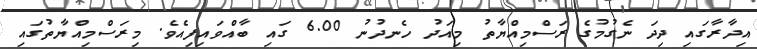
އިދާރާގައި ދިދަ ނެގުމުގެ ރަސްމިއްޔާތު މިއަދު ހެނދުނު 6.00 ގައި ބާއްވައިފިއެވެ. މިރަސްމިއްޔާތުގައި